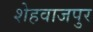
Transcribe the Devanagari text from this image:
शेहवाजपुर